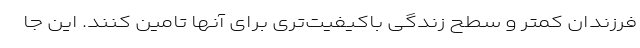
فرزندان کمتر و سطح زندگی باکیفیت‌تری برای آنها تامین کنند. این جا